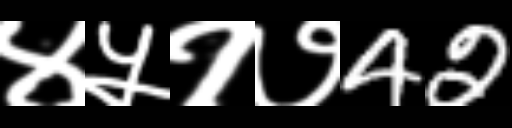
Text: ४५१७42